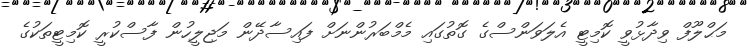
މަޙްލޫފް ވިދާޅުވީ ކޮމިޓީ އެލަވަންސްގެ ގޮތުގައި މެމްބަރުންނަށް ފައިސާދޭން މަޖިލީހުން ފާސްކުރީ ކޮމިޓީތަކުގެ